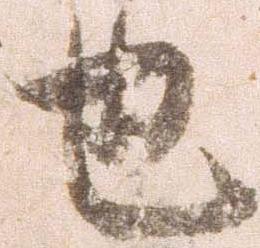
也